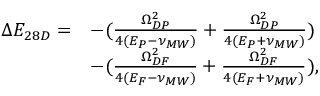
\begin{array} { r l } { \Delta E _ { 2 8 D } = } & { - ( \frac { \Omega _ { D P } ^ { 2 } } { 4 ( E _ { P } - \nu _ { M W } ) } + \frac { \Omega _ { D P } ^ { 2 } } { 4 ( E _ { P } + \nu _ { M W } ) } ) } \\ & { - ( \frac { \Omega _ { D F } ^ { 2 } } { 4 ( E _ { F } - \nu _ { M W } ) } + \frac { \Omega _ { D F } ^ { 2 } } { 4 ( E _ { F } + \nu _ { M W } ) } ) , } \end{array}